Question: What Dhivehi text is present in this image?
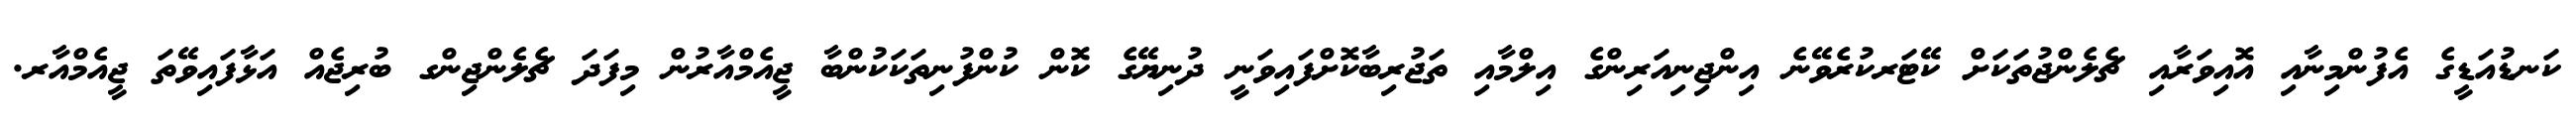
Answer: ކަނޑުއަޑީގެ އެފުންމިނާއި އޮއިވަރާއި ޗެލެންޖުތަކަށް ކޭޓަރކުރެވޭނެ އިންޖިނިއަރިންގެ އިލްމާއި ތަޖުރިބާކޮށްފައިވަނީ ދުނިޔޭގެ ކޮން ކުންފުނިތަކަކުންބާ ޖީއެމްއާރުން މިފަދަ ޗެލެންޖިންގ ބުރިޖެއް އަޅާފައިވޭތަ ޖީއެމްއާރ.